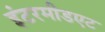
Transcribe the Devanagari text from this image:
इंटरमीडएट